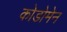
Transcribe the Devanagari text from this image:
कोडोमेन